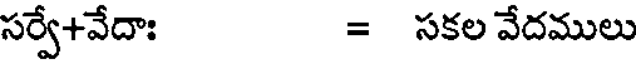
సర్వే+వేదాః = సకల వేదములు